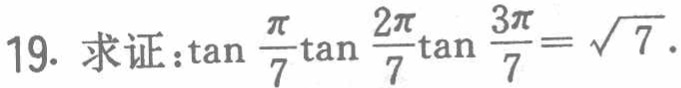
19. 求证：\(\tan\frac{\pi}{7}\tan\frac{2\pi}{7}\tan\frac{3\pi}{7}=\sqrt{7}\)